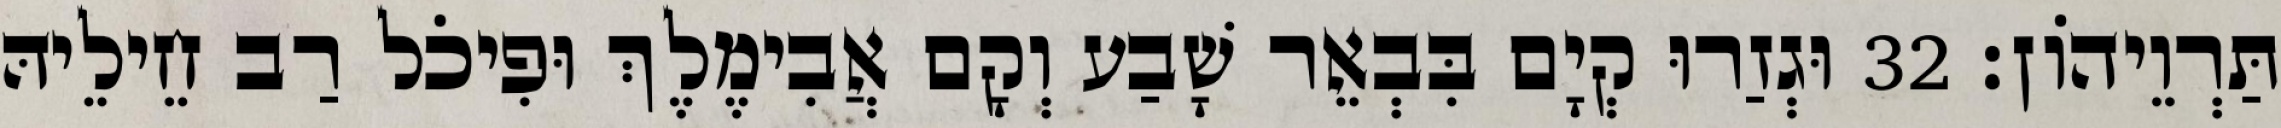
תַּרְוֵיהוֹן׃ 32 וּגְזַרוּ קְיָם בִּבְאֵר שָׁבַע וְקָם אֲבִימֶלֶךְ וּפִיכֹל רַב חֵילֵיהּ